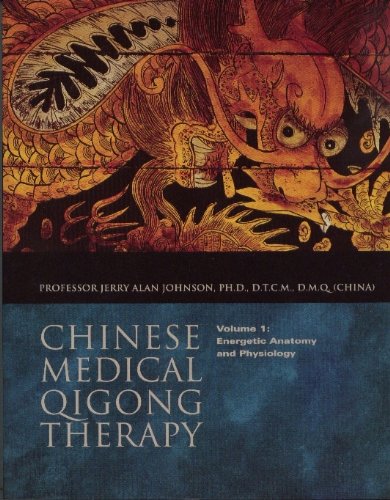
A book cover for Chinese Medical Qigong Therapy, Vol.1: Energetic Anatomy and Physiology; Jerry Alan Johnson; Health, Fitness & Dieting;